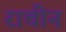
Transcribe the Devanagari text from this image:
राचीन